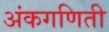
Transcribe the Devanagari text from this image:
अंकगणिती